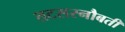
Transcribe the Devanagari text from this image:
तटसरनौबती